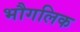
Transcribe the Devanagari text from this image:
भौगलिक